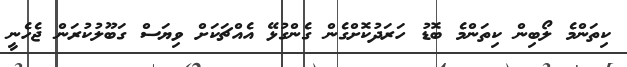
ކިތަންމެ ލޯބިން ކިތަންމެ ބޮޑު ހަރަދުކޮށްގެން ގެންގުޅޭ އެއްޗަކަށް ވިޔަސް ގަބޫލުކުރަން ޖެހެނީ